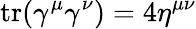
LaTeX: \operatorname{tr}(\gamma^{\mu}\gamma^{\nu})=4\eta^{\mu\nu}